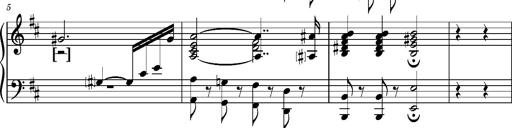
Title: 2 Sketches from 1829, S.692p
Composer: Franz Liszt
Key: B minor
 E flat major